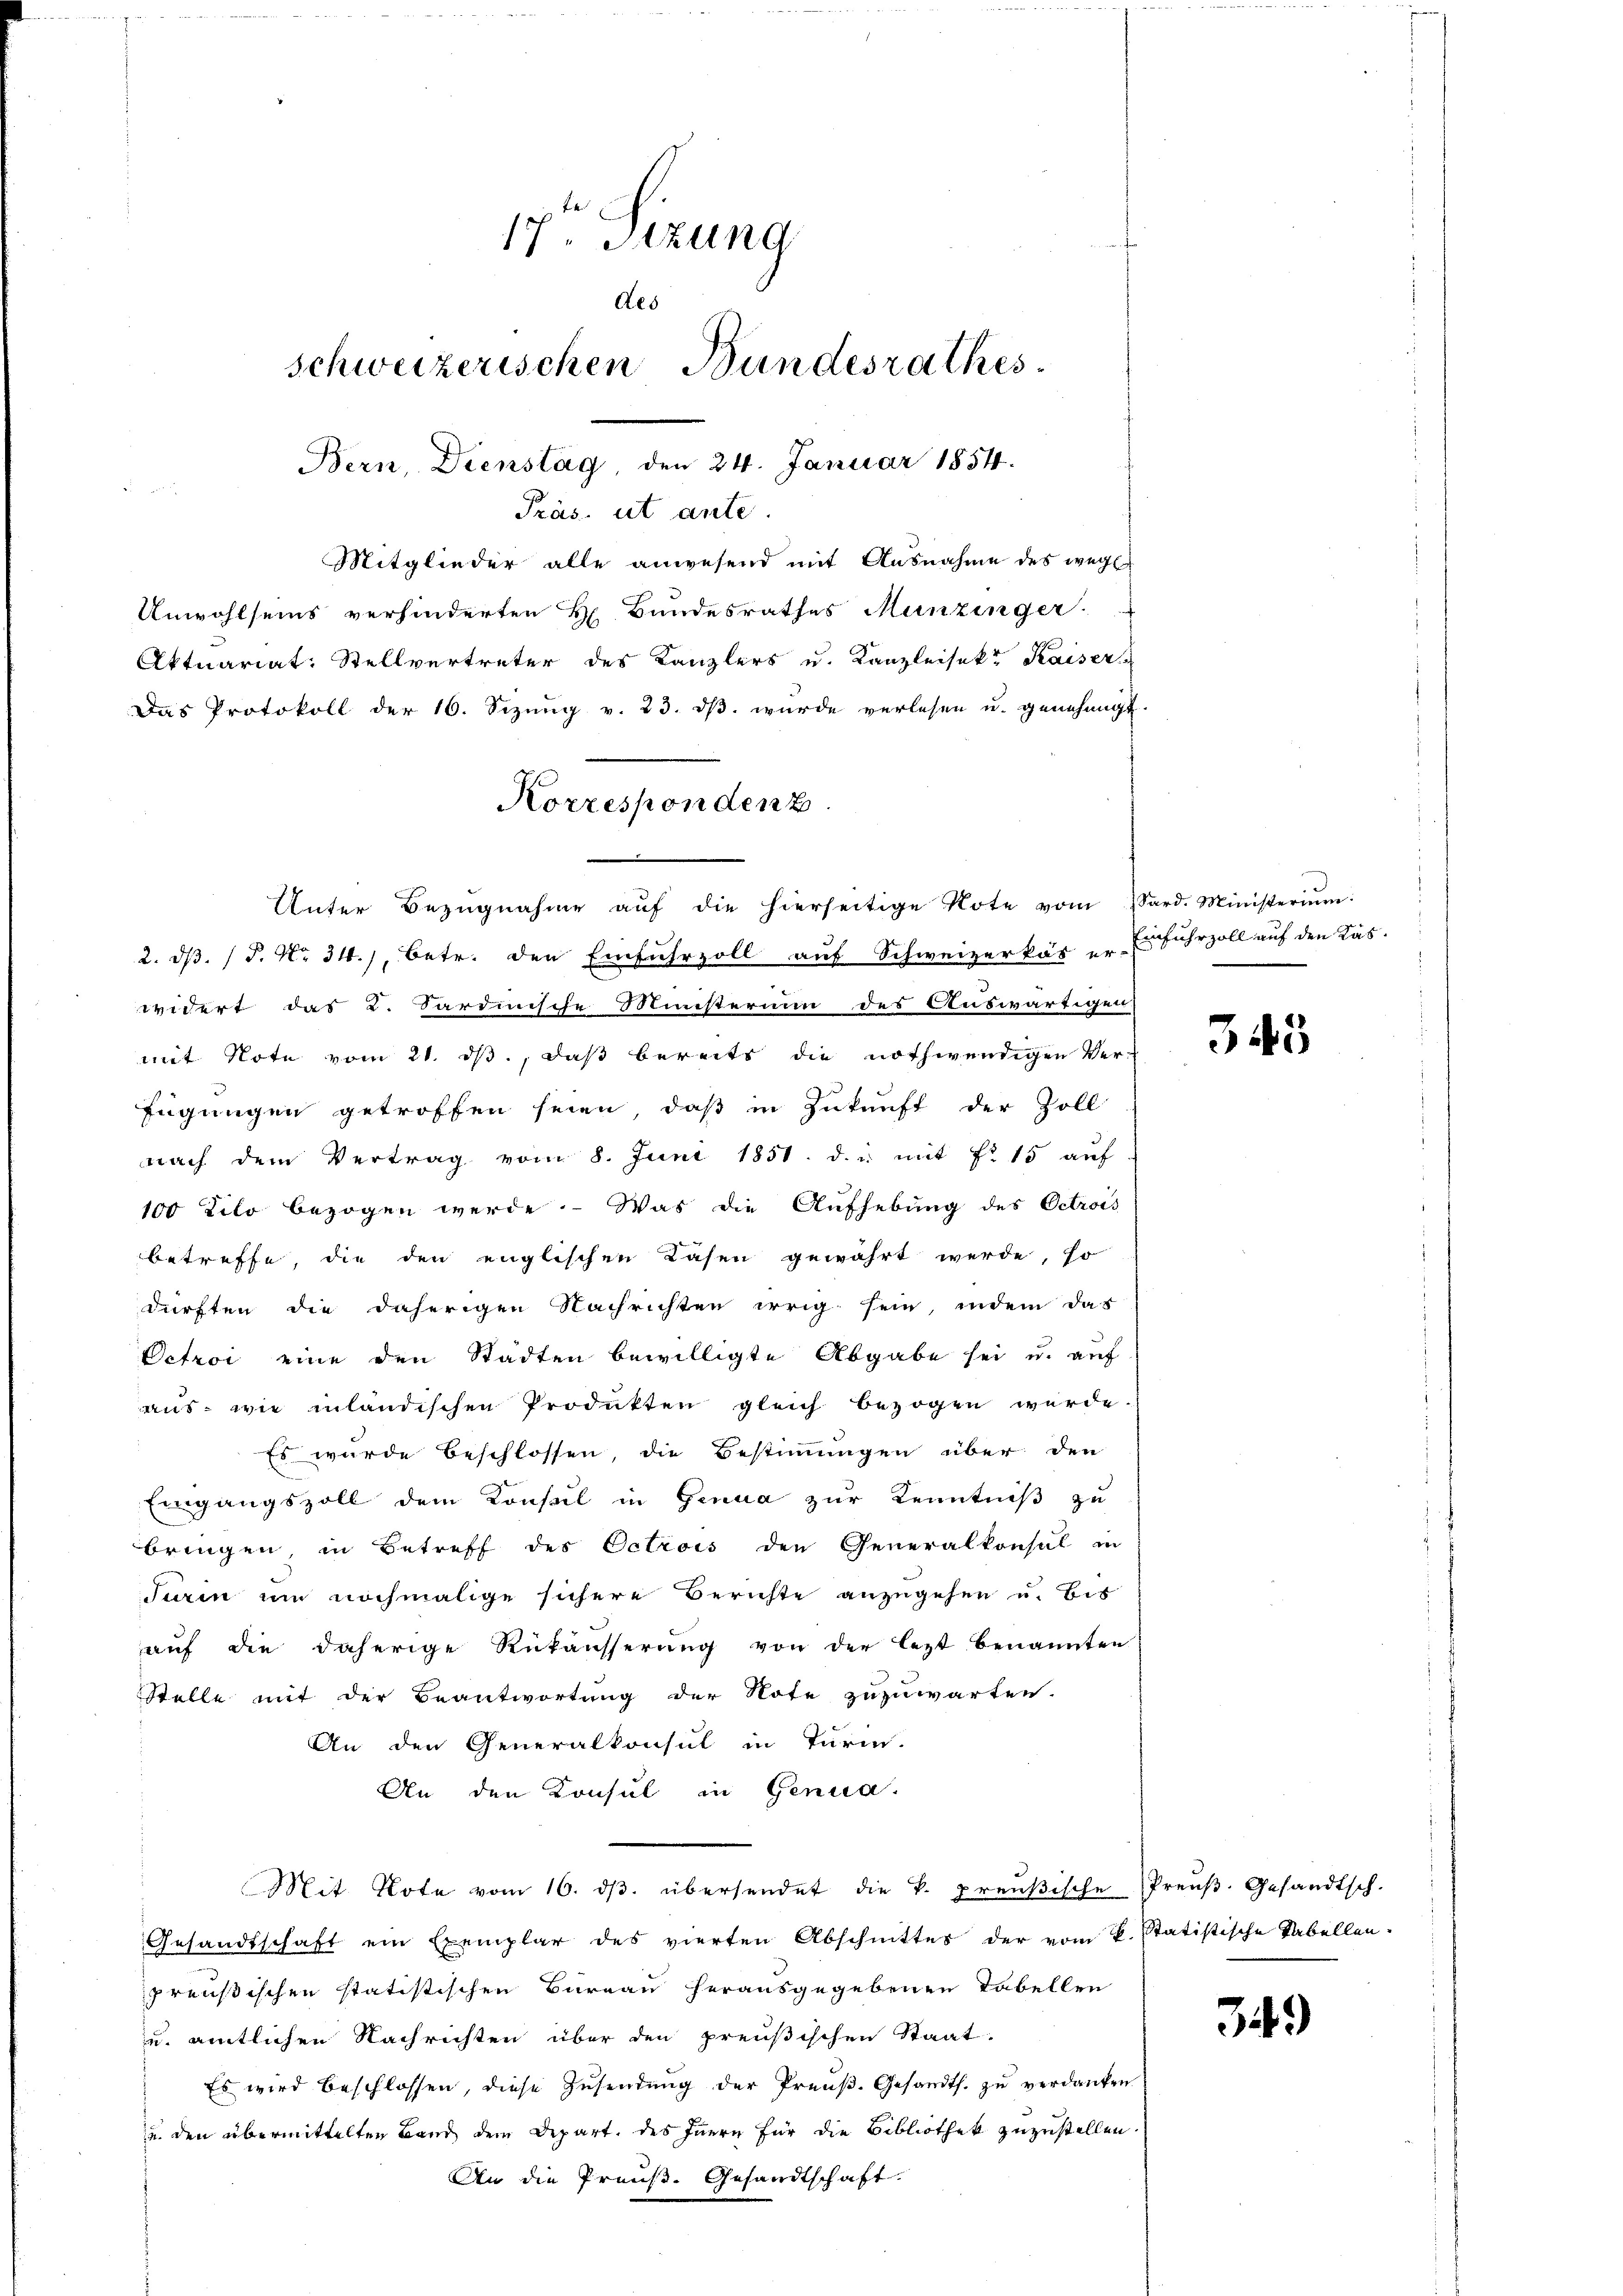
17. Sizung
des
schweizerischen Bundesrathes
Bern, Dienstag den 24. Januar 1854.
Präs. ut ante.

Mitglieder alle anwesend mit Ausnahme des wege
Aktuariat: Stellvertreter des Kanzlers u. Kanzleisekt Kaiser
Das Protokoll der 16. Sizung v. 23. dβ wurde verlesen u. genehmigt.
2. dβ. / P. Nr. 341, betr. den Einfuhrzoll auf Schweizerkär er erfuhrzoll auf den Kaswidert das K. Sardinische Ministerium des Auswärtigen
mit Note vom 21. ds., daß bereits die nothwendigen Ver-
fügungen getroffen seien, daß in Zukunft der Zoll
nach dem Vertrag vom 8. Juni 1851. d. u. mit No 15 auf
100 Tito bezogen werde. Was die Aufhebung des Octrois
betreffe, die den englischen Lasen gewährt werde, so
dürften die daherigen Nachrichten irrig sein, indem das
Detroi eine den Städten bewilligte Abgabe sei u. auf
aus wie inländischen Produkten gleich bezogen werde.
Es wurde beschlossen, die Bestimmungen über den
Eingangszoll dem Konsul in Genua zur Kenntniß zu
bringen, in Betreff des Octrois den Generalkonsul in
duren um nochmalige sichere Berichte anzugehen u. bis
aŭf die daherige Rükäŭsserŭng von der lezt benannten
Stelle mit der Beantwortung der Note zuzuwarten.
An den Generalkonsul in Turm.
An den Konsul in Genua,
Mit Note vom 16. dβ. übersendet die k. preußische Preŭβ- Gesandtsch.
Gesandtschaft ein Exemplar des vierten Abschnittes der vom k. Statistische Tabellen-
preußischen statistischen Bareau herausgegebenen Tabellen
und amtlichen Nachrichten über den preußischen Staat
Es wird beschlossen, diese Zŭsendŭng der Preŭβ. Gesandts. zŭ verdanken
u. den übermittelten Band dem Depart, des Innern für die Bibliothek zuzustellen.
An die Preuß. Gesandtschaft.

Unwohlseins verhinderten H. Bundesrathes Munzinger.

Korresponden z
Unter Bezŭgnahme aŭf die hierseitige Rote vom Sard. Ministeriŭm

343

34.)